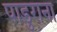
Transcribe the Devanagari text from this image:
पाडुराना